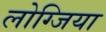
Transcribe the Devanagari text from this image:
लोग्जिया